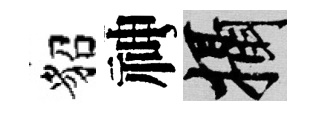
貂神攝